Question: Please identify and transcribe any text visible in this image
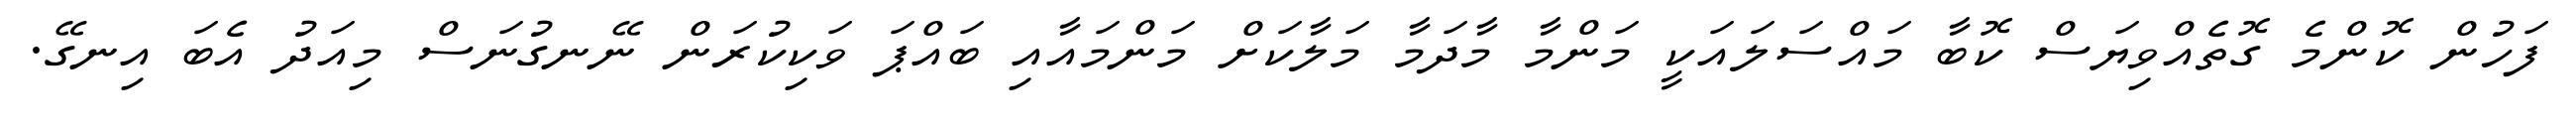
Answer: ފަހުން ކޮންމެ ގޮތެއްވިޔަސް ކޮބާ މައްސަލައަކީ މަންމާ މާދަމާ މަލާކަށް މަންމައާއި ބައްޕަ ވަކިކުރަން ނޭނގުނަސް މިއަދު އެބަ އިނގޭ.